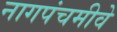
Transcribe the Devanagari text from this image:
नागपंचमीवे